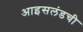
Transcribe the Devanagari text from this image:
आइसलंडची